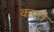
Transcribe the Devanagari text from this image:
कपते